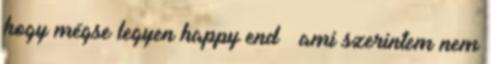
hogy mégse legyen happy end – ami szerintem nem